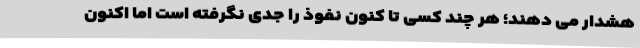
هشدار می دهند؛ هر چند کسی تا کنون نفوذ را جدی نگرفته است اما اکنون